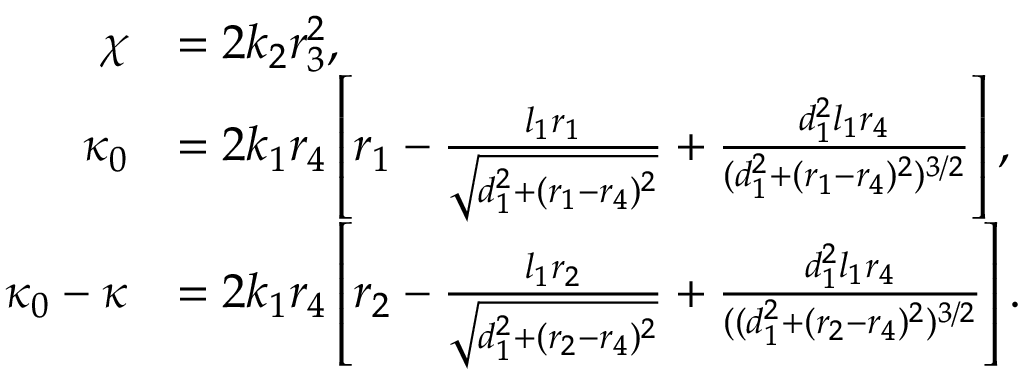
\begin{array} { r l } { \chi } & { = 2 k _ { 2 } r _ { 3 } ^ { 2 } , } \\ { \kappa _ { 0 } } & { = 2 k _ { 1 } r _ { 4 } \left[ r _ { 1 } - \frac { l _ { 1 } r _ { 1 } } { \sqrt { d _ { 1 } ^ { 2 } + ( r _ { 1 } - r _ { 4 } ) ^ { 2 } } } + \frac { d _ { 1 } ^ { 2 } l _ { 1 } r _ { 4 } } { ( d _ { 1 } ^ { 2 } + ( r _ { 1 } - r _ { 4 } ) ^ { 2 } ) ^ { 3 / 2 } } \right] , } \\ { \kappa _ { 0 } - \kappa } & { = 2 k _ { 1 } r _ { 4 } \left[ r _ { 2 } - \frac { l _ { 1 } r _ { 2 } } { \sqrt { d _ { 1 } ^ { 2 } + ( r _ { 2 } - r _ { 4 } ) ^ { 2 } } } + \frac { d _ { 1 } ^ { 2 } l _ { 1 } r _ { 4 } } { ( ( d _ { 1 } ^ { 2 } + ( r _ { 2 } - r _ { 4 } ) ^ { 2 } ) ^ { 3 / 2 } } \right] . } \end{array}